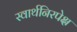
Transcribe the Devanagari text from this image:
स्वार्थनिरपेक्ष